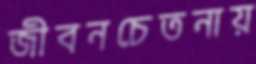
জীবনচেতনায়